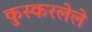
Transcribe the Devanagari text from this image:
कुस्करलेले